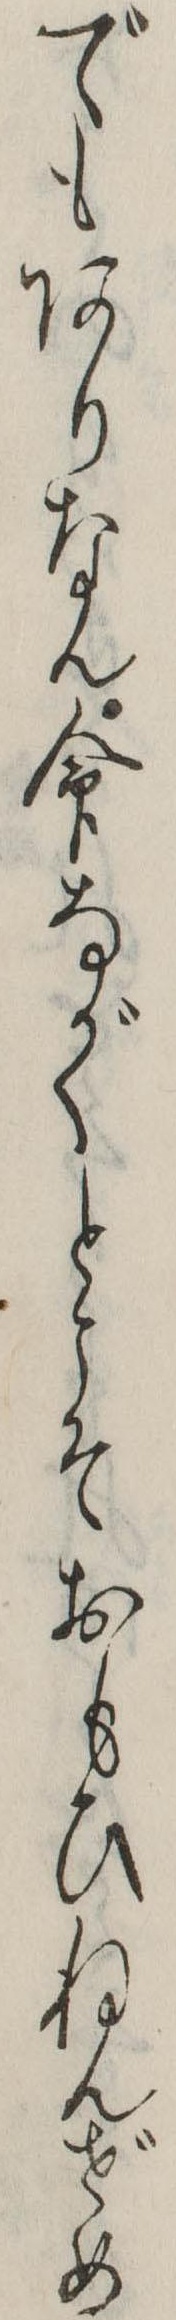
でもありなん命ながくとこそおもひねんぜめ